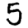
Digit: 5